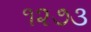
૧૨૭૩